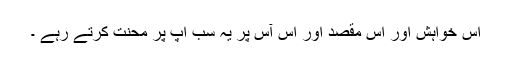
اس خواہش اور اس مقصد اور اس آس پر یہ سب اپ پر محنت کرتے رہے ۔